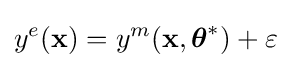
y^{e}(\mathbf {x} )=y^{m}(\mathbf {x} ,{\boldsymbol {\theta }}^{*})+\varepsilon